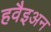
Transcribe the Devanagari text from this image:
हवैइअन